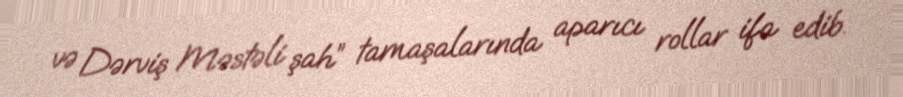
və Dərviş Məstəli şah” tamaşalarında aparıcı rollar ifa edib.